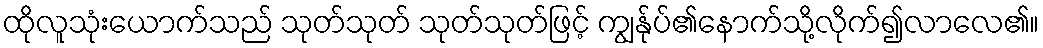
ထိုလူသုံးယောက်သည် သုတ်သုတ် သုတ်သုတ်ဖြင့် ကျွန်ုပ်၏နောက်သို့လိုက်၍လာလေ၏။